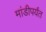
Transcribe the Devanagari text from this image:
मांडीपर्यंत